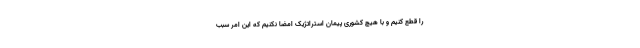
را قطع کنیم و با هیچ کشوری پیمان استراتژیک امضا نکنیم که این امر سبب